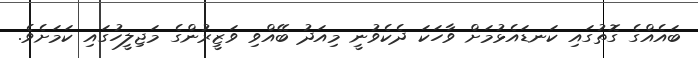
ބައެއްގެ ގޮތުގައި ކަނޑައެޅުމަށް ވާހަކަ ދެކެވުނީ މިއަދު ބޭއްވި ވަޒީރުންގެ މަޖިލީހުގައި ކަމަށެވެ.